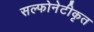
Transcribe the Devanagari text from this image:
सल्फोनेटीकृत